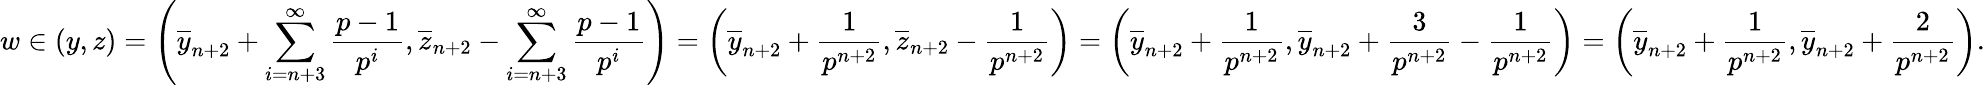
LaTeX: w\in(y,z)=\left(\overline{{y}}_{n+2}+\sum_{i=n+3}^{\infty}\frac{p-1}{p^{i}},\overline{{z}}_{n+2}-\sum_{i=n+3}^{\infty}\frac{p-1}{p^{i}}\right)=\left(\overline{{y}}_{n+2}+\frac{1}{p^{n+2}},\overline{{z}}_{n+2}-\frac{1}{p^{n+2}}\right)=\left(\overline{{y}}_{n+2}+\frac{1}{p^{n+2}},\overline{{y}}_{n+2}+\frac{3}{p^{n+2}}-\frac{1}{p^{n+2}}\right)=\left(\overline{{y}}_{n+2}+\frac{1}{p^{n+2}},\overline{{y}}_{n+2}+\frac{2}{p^{n+2}}\right).